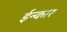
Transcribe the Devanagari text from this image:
ईन्कार